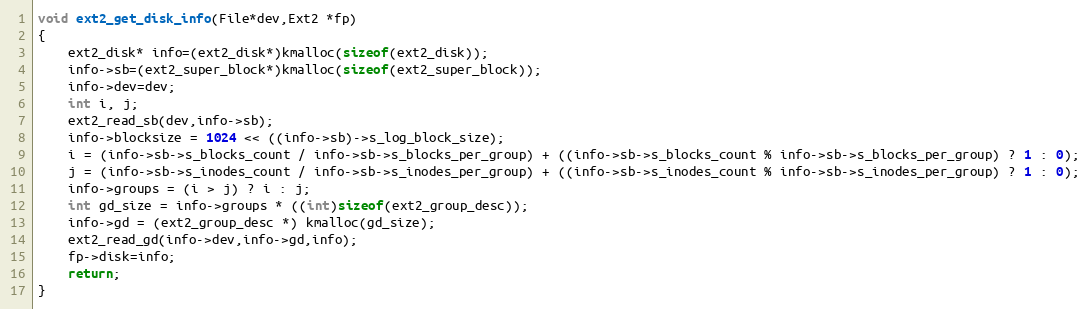
Language: C++
void ext2_get_disk_info(File*dev,Ext2 *fp)
{
	ext2_disk* info=(ext2_disk*)kmalloc(sizeof(ext2_disk));
	info->sb=(ext2_super_block*)kmalloc(sizeof(ext2_super_block));
	info->dev=dev;
	int i, j;
	ext2_read_sb(dev,info->sb);
	info->blocksize = 1024 << ((info->sb)->s_log_block_size);
	i = (info->sb->s_blocks_count / info->sb->s_blocks_per_group) + ((info->sb->s_blocks_count % info->sb->s_blocks_per_group) ? 1 : 0);
	j = (info->sb->s_inodes_count / info->sb->s_inodes_per_group) + ((info->sb->s_inodes_count % info->sb->s_inodes_per_group) ? 1 : 0);
	info->groups = (i > j) ? i : j;
	int gd_size = info->groups * ((int)sizeof(ext2_group_desc));
	info->gd = (ext2_group_desc *) kmalloc(gd_size);
	ext2_read_gd(info->dev,info->gd,info);
	fp->disk=info;
	return;
}